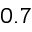
0 . 7